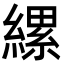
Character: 縲